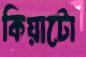
কিয়াটো